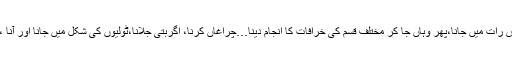
احادیث میں اس کا حکم ہے، کبھی کبھی زیارت قبور کے لیے جانا چاہیے ، لیکن خاص اس رات میں جانا،پھر وہاں جا کر مختلف قسم کی خرافات کا انجام دینا…چراغاں کرنا، اگربتی جلانا،ٹولیوں کی شکل میں جانا اور آنا ،خصوصاََ عورتوں کا مردوں کے ساتھ اختلاط کرنا، یہ سارے کام شریعت کے خلاف ہیں ۔